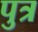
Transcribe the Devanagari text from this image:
पुत्र